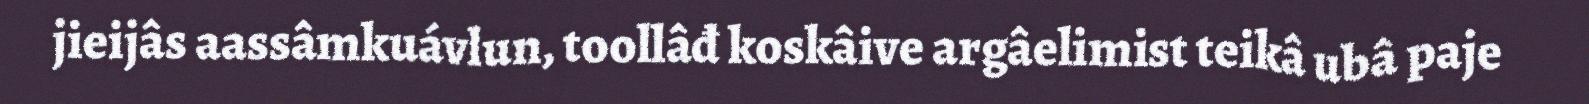
jieijâs aassâmkuávlun, toollâđ koskâive argâelimist teikâ ubâ paje